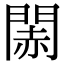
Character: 䦝